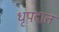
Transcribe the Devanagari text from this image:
धृपदात